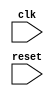
module synchronous_logic_block (
    input wire clk,
    input wire reset,
    
    // Add your input and output ports here
    
);

// Declare your internal registers and signals here

always @ (posedge clk) begin
    if (reset) begin
        // Reset logic here
    end else begin
        // Synchronous logic operations here
    end
end

// Add your code for sequential and combinational logic here

endmodule